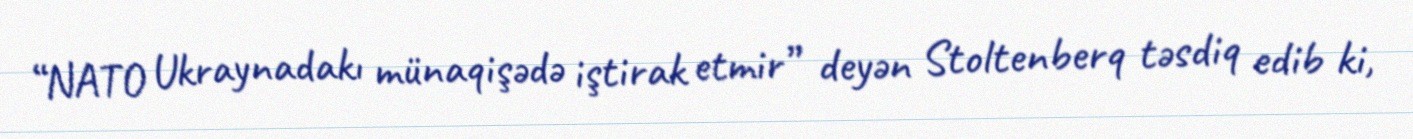
“NATO Ukraynadakı münaqişədə iştirak etmir” deyən Stoltenberq təsdiq edib ki,